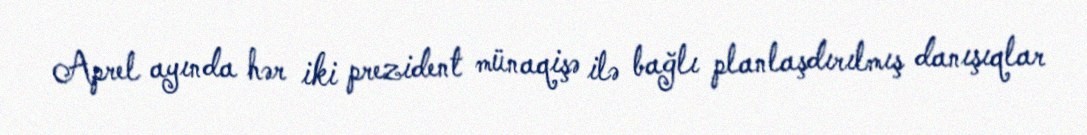
Aprel ayında hər iki prezident münaqişə ilə bağlı planlaşdırılmış danışıqlar